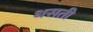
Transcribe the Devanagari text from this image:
धसती